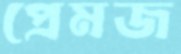
প্রেমজ